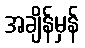
အချိန်မှန်